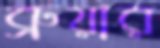
ব্রুয়ার